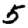
Digit: 5